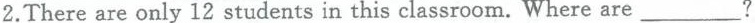
2.There are only 12 students in this classroom. Where are__?